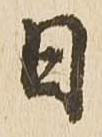
日